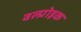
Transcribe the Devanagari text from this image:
वल्प्रोइक